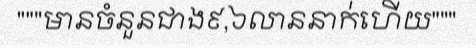
"""មានចំនួនជាង៩,៦លាននាក់ហើយ"""